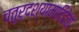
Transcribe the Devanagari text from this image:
चतुर्दश्यामादिदेवो